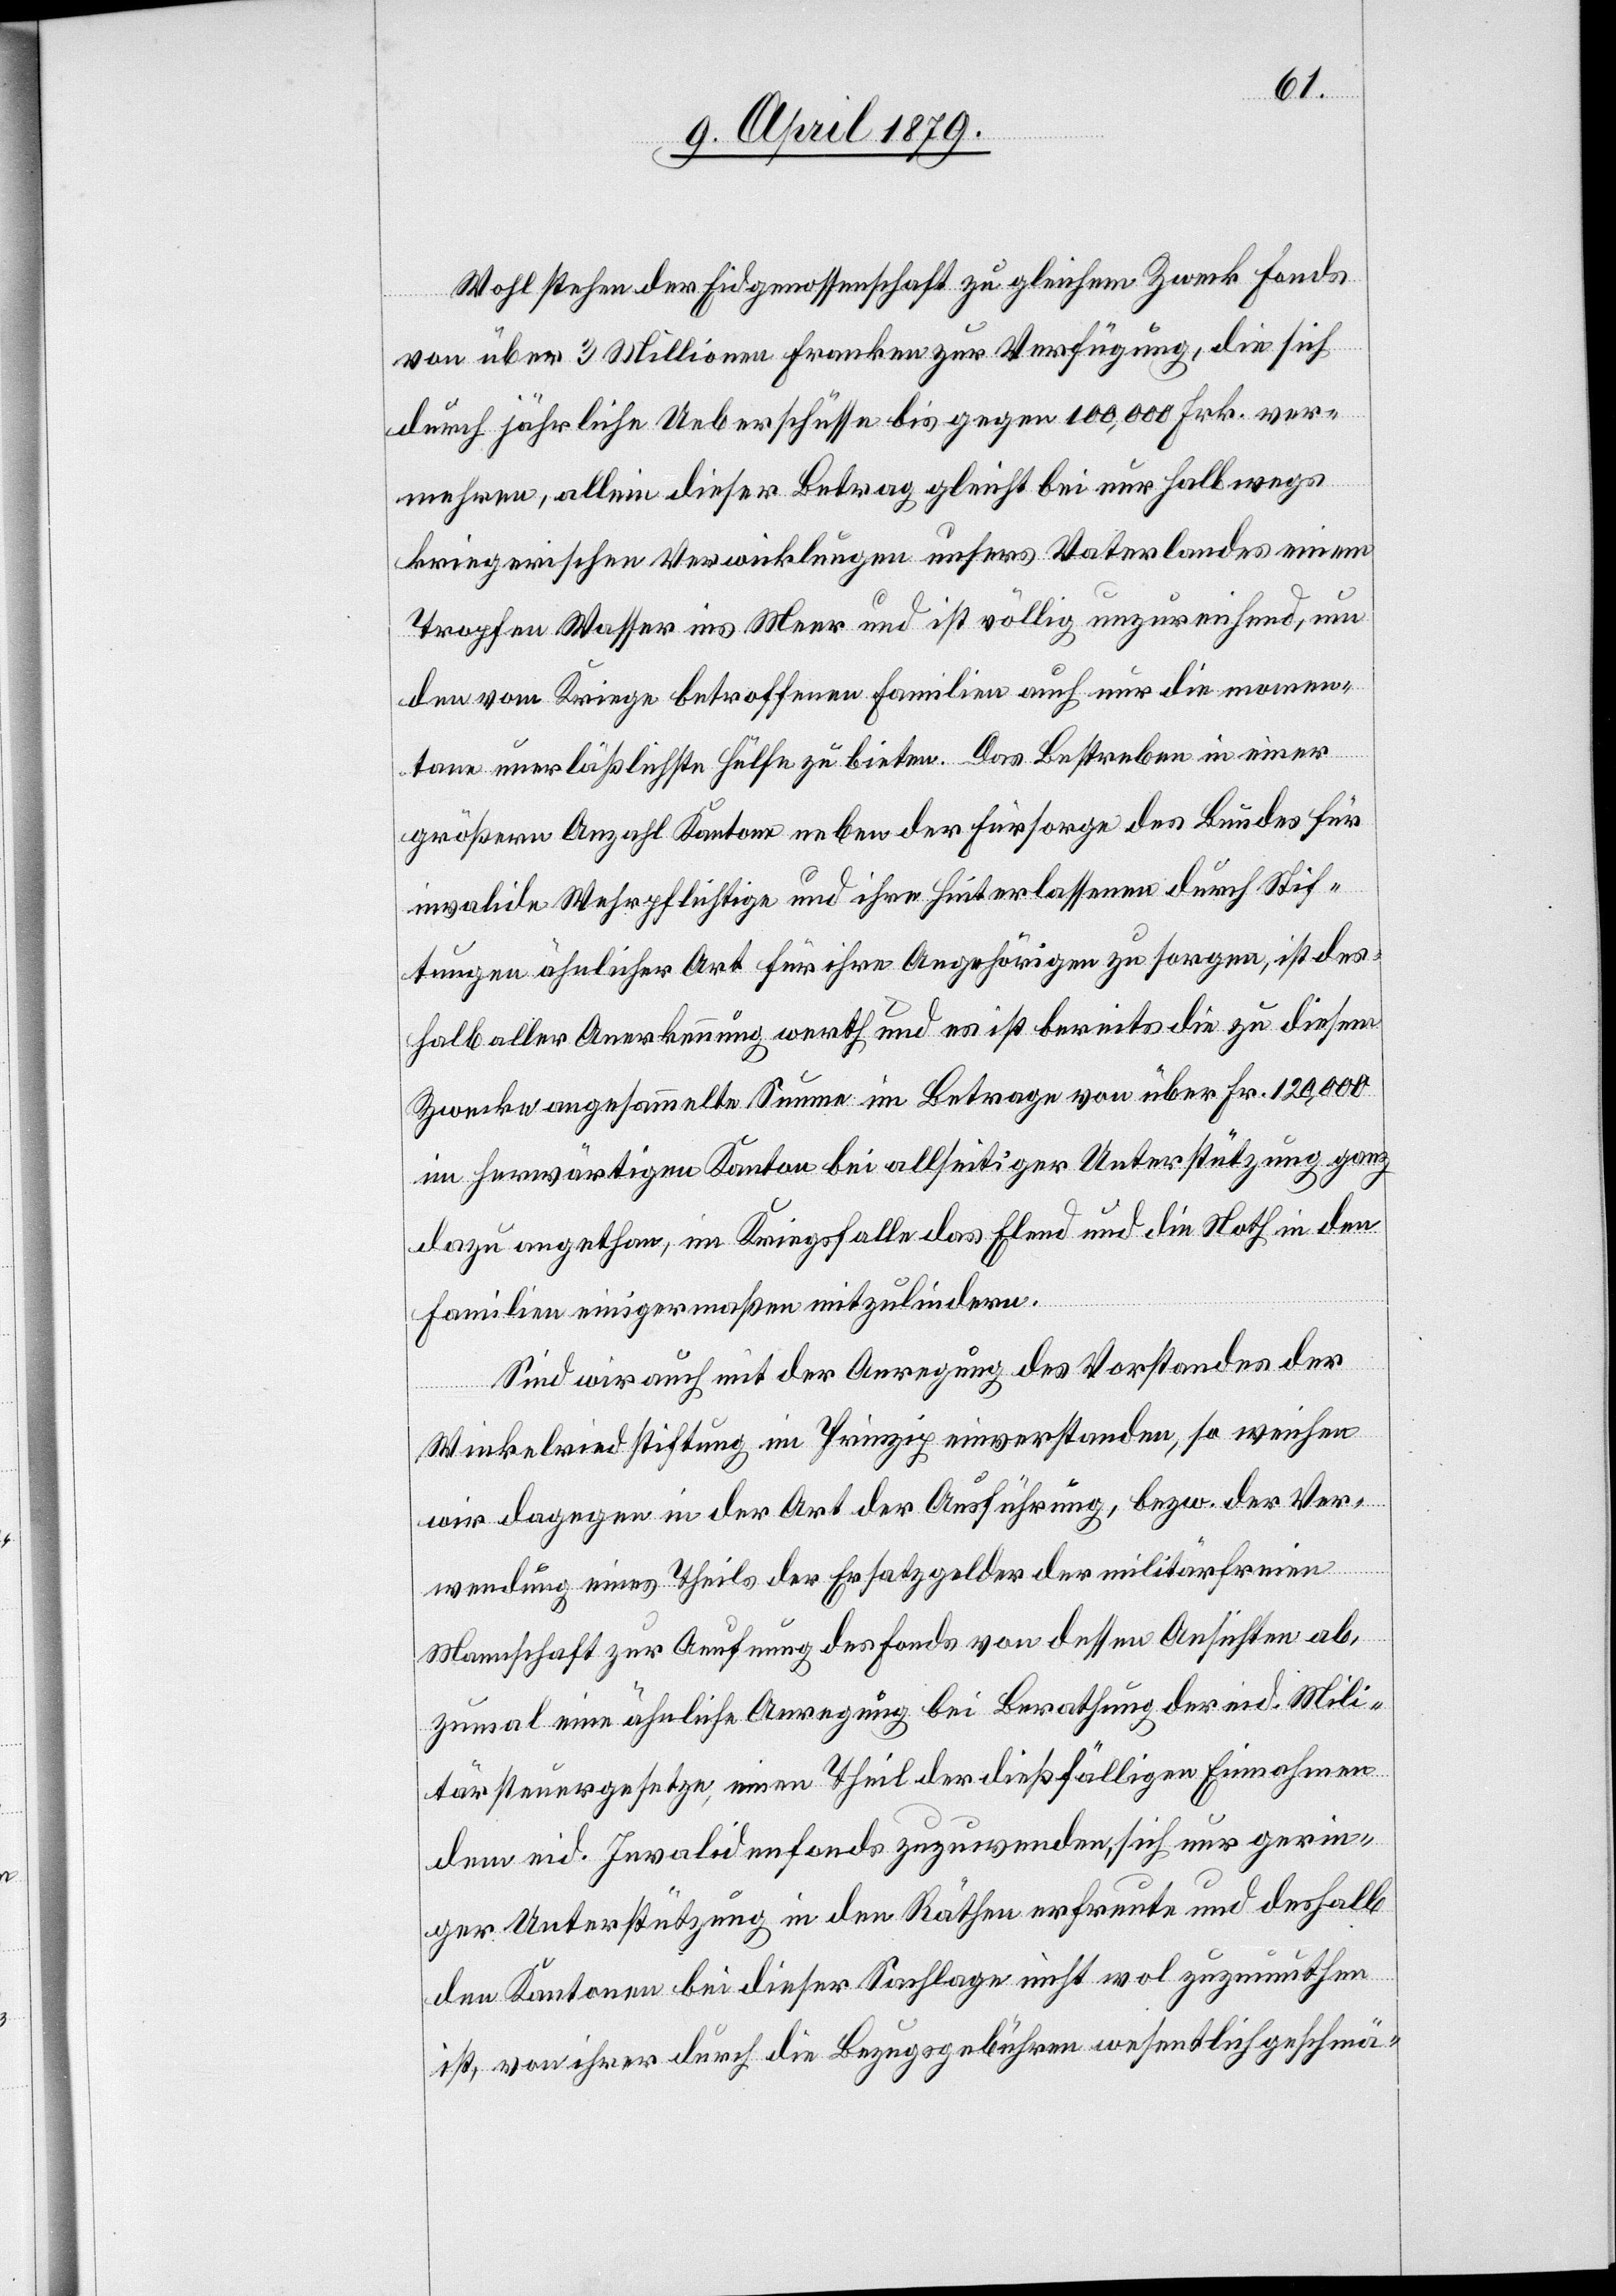
Wohl stehen der Eidgenossenschaft zu gleichem Zweck Fonds
von über 3 Millionen Franken zur Verfügung, die sich
durch jährliche Ueberschüsse bis gegen 100,000 Frk. ver¬
mehren, allein dieser Betrag gleicht bei nur halbwegs
kriegerischen Verwicklungen unsers Vaterlandes einem
Tropfen Wasser ins Meer und ist völlig unzureichend, um
den vom Kriege betroffenen Familien auch nur die momen¬
tane unerläßlichste Hülfe zu bieten. Das Bestreben in einer
größern Anzahl Kantone neben der Fürsorge des Bundes für
invalide Wehrpflichtige und ihre Hinterlassenen durch Stif¬
tungen ähnlicher Art für ihre Angehörigen zu sorgen, ist des¬
halb aller Anerkennung werth und es ist bereits die zu diesem
Zwecke angesammelte Summe im Betrage von über Fr. 120,000
im herwärtigen Kanton bei allseitiger Unterstützung ganz
dazu angethan, im Kriegsfalle das Elend und die Noth in den
Familien einigermaßen mitzulindern.
Sind wir auch mit der Anregung des Vorstandes der
Winkelriedstiftung im Prinzip einverstanden, so weichen
wir dagegen in der Art der Ausführung, bezw. der Ver¬
wendung eines Theils der Ersatzgelder der militärfreien
Mannschaft zur Aeufnung des Fonds von dessen Ansichten ab,
zumal eine ähnliche Anregung bei Berathung der eid. Mili¬
tärsteuergesetze, einen Theil der dießfälligen Einnahmen
dem eid. Invalidenfonds zuzuwenden, sich nur gerin¬
ger Unterstützung in den Räthen erfreute und deshalb
den Kantonen bei dieser Sachlage nicht wol zuzumuthen
ist, von ihrer durch die Bezugsgebühren wesentlich geschmä-